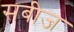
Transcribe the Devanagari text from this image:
सबीज